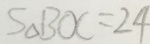
S \Delta B O C = 2 4